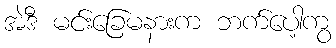
အဲဒီ မင်းခြေမနားက ဘက်ပေါ့ကွ